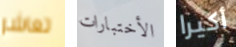
تعاشر الأختبارات أكيرا